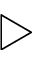
\triangleright